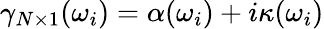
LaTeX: \gamma_{N\times 1}(\omega_{i})=\alpha(\omega_{i})+i\kappa(\omega_{i})